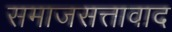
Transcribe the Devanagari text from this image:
समाजसत्तावाद